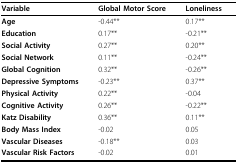
<table><thead><tr><td><b>Variable</b></td><td><b>Global Motor Score</b></td><td><b>Loneliness</b></td></tr></thead><tbody><tr><td><b>Age</b></td><td>-0.44**</td><td>0.17**</td></tr><tr><td><b>Education</b></td><td>0.17**</td><td>-0.21**</td></tr><tr><td><b>Social Activity</b></td><td>0.27**</td><td>0.20**</td></tr><tr><td><b>Social Network</b></td><td>0.11**</td><td>-0.24**</td></tr><tr><td><b>Global Cognition</b></td><td>0.32**</td><td>-0.26**</td></tr><tr><td><b>Depressive Symptoms</b></td><td>-0.23**</td><td>0.37**</td></tr><tr><td><b>Physical Activity</b></td><td>0.22**</td><td>-0.04</td></tr><tr><td><b>Cognitive Activity</b></td><td>0.26**</td><td>-0.22**</td></tr><tr><td><b>Katz Disability</b></td><td>0.36**</td><td>0.11**</td></tr><tr><td><b>Body Mass Index</b></td><td>-0.02</td><td>0.05</td></tr><tr><td><b>Vascular Diseases</b></td><td>-0.18**</td><td>0.03</td></tr><tr><td><b>Vascular Risk Factors</b></td><td>-0.02</td><td>0.01</td></tr></tbody></table>